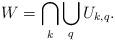
LaTeX: \begin{align*}W = \bigcap\limits_k\bigcup\limits_q U_{k,q}.\end{align*}